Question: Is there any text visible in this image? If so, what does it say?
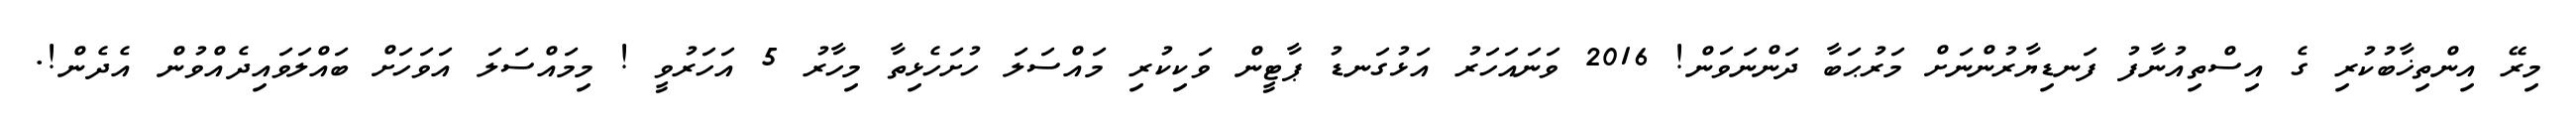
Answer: މިރޭ އިންތިޚާބުކުރި ގެ އިސްތިއުނާފު ފަނޑިޔާރުންނަށް މަރުޙަބާ ދަންނަވަން! 2016 ވަނައަހަރު އަޅުގަނޑު ޕާޓީން ވަކިކުރި މައްސަލަ ހުށަހެޅިތާ މިހާރު 5 އަހަރުވީ ! މިމައްސަލަ އަވަހަށް ބައްލަވައިދެއްވުން އެދެން!.